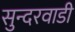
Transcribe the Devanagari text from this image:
सुन्दरवाडी